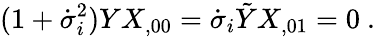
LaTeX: (1+\dot{\sigma}_{i}^{2})YX_{,00}=\dot{\sigma}_{i}\tilde{Y}X_{,01}=0\ .